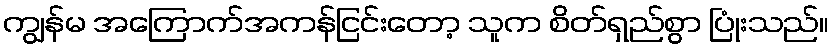
ကျွန်မ အကြောက်အကန်ငြင်းတော့ သူက စိတ်ရှည်စွာ ပြုံးသည်။